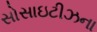
સોસાઇટીઝના